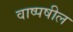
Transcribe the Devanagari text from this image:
वाष्पषील